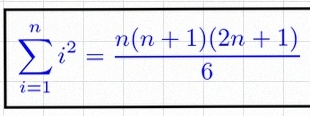
\sum_{i=1}^{n}i^2=\frac{n(n+1)(2n+1)}6